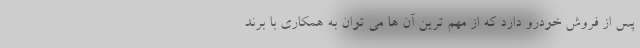
پس از فروش خودرو دارد که از مهم ترین آن ها می توان به همکاری با برند